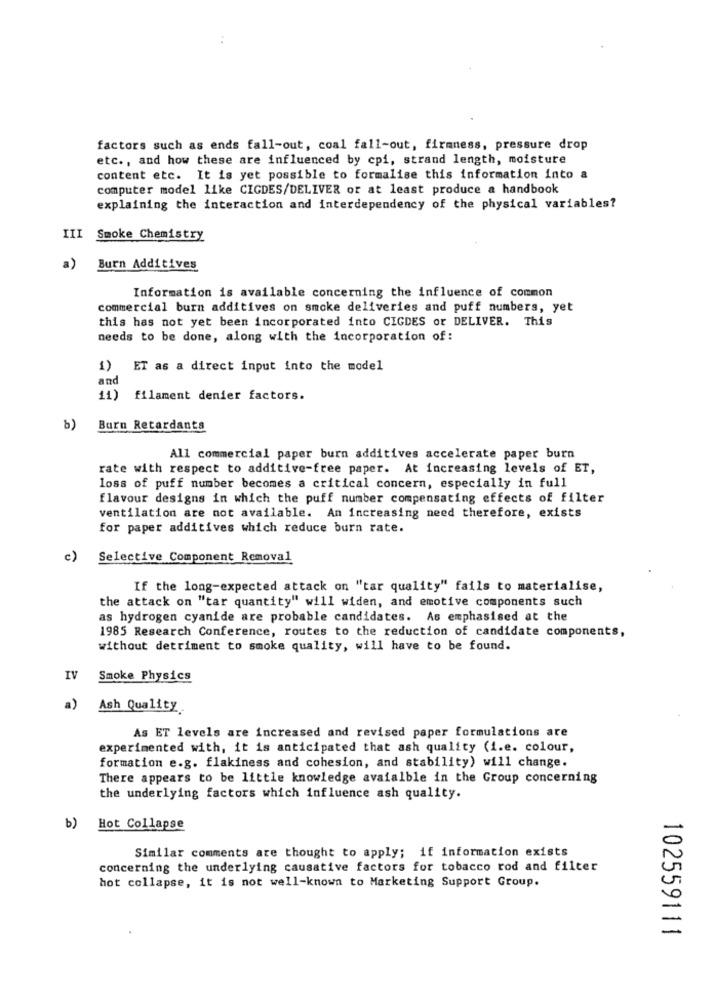
factors such as ends fall-out, coal fall-out, firmness, pressure drop
etc ., and how these are influenced by cpi, strand length, moisture
content etc. It is yet possible to formalise this information into a
computer model like CIGDES/DELIVER or at least produce a handbook
explaining the interaction and interdependency of the physical variables?
III Smoke Chemistry
a) Burn Additives
Information is available concerning the influence of common
commercial burn additives on smoke deliveries and puff numbers, yet
this has not yet been incorporated into CIGDES or DELIVER. This
needs to be done, along with the incorporation of:
1) ET as a direct input into the model
and
11)
filament denier factors.
b)
Barn Retardants
All commercial paper burn additives accelerate paper burn
rate with respect to additive-free paper. At increasing levels of ET,
loss of puff number becomes a critical concern, especially in full
flavour designs in which the puff number compensating effects of filter
ventilation are not available. An increasing need therefore, exists
for paper additives which reduce burn rate.
c)
Selective Component Removal
If the long-expected attack on "tar quality" fails to materialise,
the attack on "tar quantity" will widen, and emotive components such
as hydrogen cyanide are probable candidates. As emphasised at the
1985 Research Conference, routes to the reduction of candidate components,
without detriment to smoke quality, will have to be found.
IV
Smoke Physics
Ash Quality
As ET levels are increased and revised paper formulations are
experimented with, it is anticipated that ash quality (i.e. colour,
formation e.g. flakiness and cohesion, and stability) will change.
There appears to be little knowledge avaialble in the Group concerning
the underlying factors which influence ash quality.
b)
Hot Collapse
Similar comments are thought to apply; if information exists
concerning the underlying causative factors for tobacco rod and filter
hot collapse, it is not well-known to Marketing Support Group.
102559111